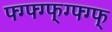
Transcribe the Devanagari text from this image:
फ्ग्फ्ग्फ्ग्फ्ग्फ्